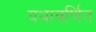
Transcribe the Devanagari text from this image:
यथावर्णित